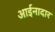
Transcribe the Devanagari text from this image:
आईनादार